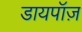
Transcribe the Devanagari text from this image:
डायपॉज़